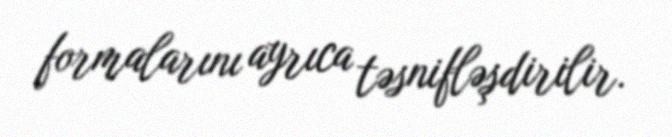
formalarını ayrıca təsnifləşdirilir.